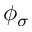
\phi _ { \sigma }